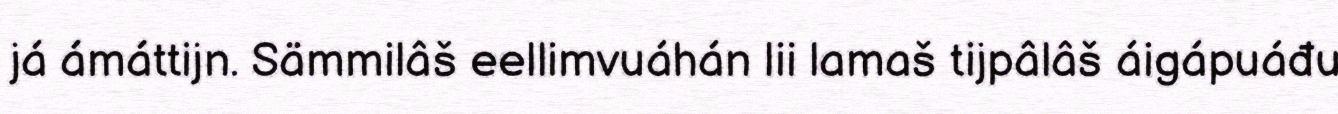
já ámáttijn. Sämmilâš eellimvuáhán lii lamaš tijpâlâš áigápuáđu